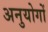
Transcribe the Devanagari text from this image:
अनुयोगों